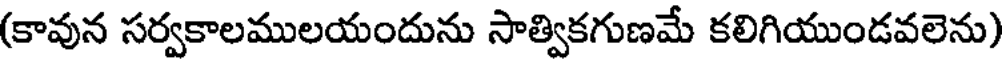
(కావున సర్వకాలములయందును సాత్వికగుణమే కలిగియుండవలెను)